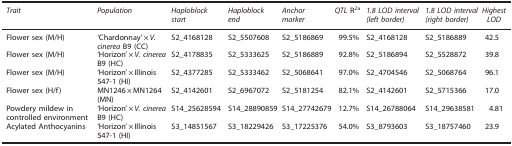
<table><thead><tr><td><b><i>Trait</i></b></td><td><b><i>Population</i></b></td><td><b><i>Haploblock start</i></b></td><td><b><i>Haploblock end</i></b></td><td><b><i>Anchor marker</i></b></td><td><b><i>QTL</i> R<sup><i>2</i></sup>a</b></td><td><b><i>1.8 LOD interval (left border)</i></b></td><td><b><i>1.8 LOD interval (right border)</i></b></td><td><b><i>Highest LOD</i></b></td></tr></thead><tbody><tr><td>Flower sex (M/H)</td><td>‘Chardonnay’×<i>V. cinerea</i> B9 (CC)</td><td>S2_4168128</td><td>S2_5507608</td><td>S2_5186869</td><td>99.5%</td><td>S2_4168128</td><td>S2_5186889</td><td>42.5</td></tr><tr><td>Flower sex (M/H)</td><td>‘Horizon’×<i>V. cinerea</i> B9 (HC)</td><td>S2_4178835</td><td>S2_5333625</td><td>S2_5186889</td><td>92.8%</td><td>S2_5186894</td><td>S2_5528872</td><td>39.8</td></tr><tr><td>Flower sex (M/H)</td><td>‘Horizon’×Illinois 547-1 (HI)</td><td>S2_4377285</td><td>S2_5333462</td><td>S2_5068641</td><td>97.0%</td><td>S2_4704546</td><td>S2_5068764</td><td>96.1</td></tr><tr><td>Flower sex (H/f)</td><td>MN1246×MN1264 (MN)</td><td>S2_4142601</td><td>S2_6967072</td><td>S2_5181254</td><td>82.1%</td><td>S2_4142601</td><td>S2_5715366</td><td>17.0</td></tr><tr><td>Powdery mildew in controlled environment</td><td>‘Horizon’×<i>V. cinerea</i> B9 (HC)</td><td>S14_25628594</td><td>S14_28890859</td><td>S14_27742679</td><td>12.7%</td><td>S14_26788064</td><td>S14_29638581</td><td>4.81</td></tr><tr><td>Acylated Anthocyanins</td><td>‘Horizon’×Illinois 547-1 (HI)</td><td>S3_14851567</td><td>S3_18229426</td><td>S3_17225376</td><td>54.0%</td><td>S3_8793603</td><td>S3_18757460</td><td>23.9</td></tr></tbody></table>